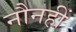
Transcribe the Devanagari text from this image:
नौनहीं